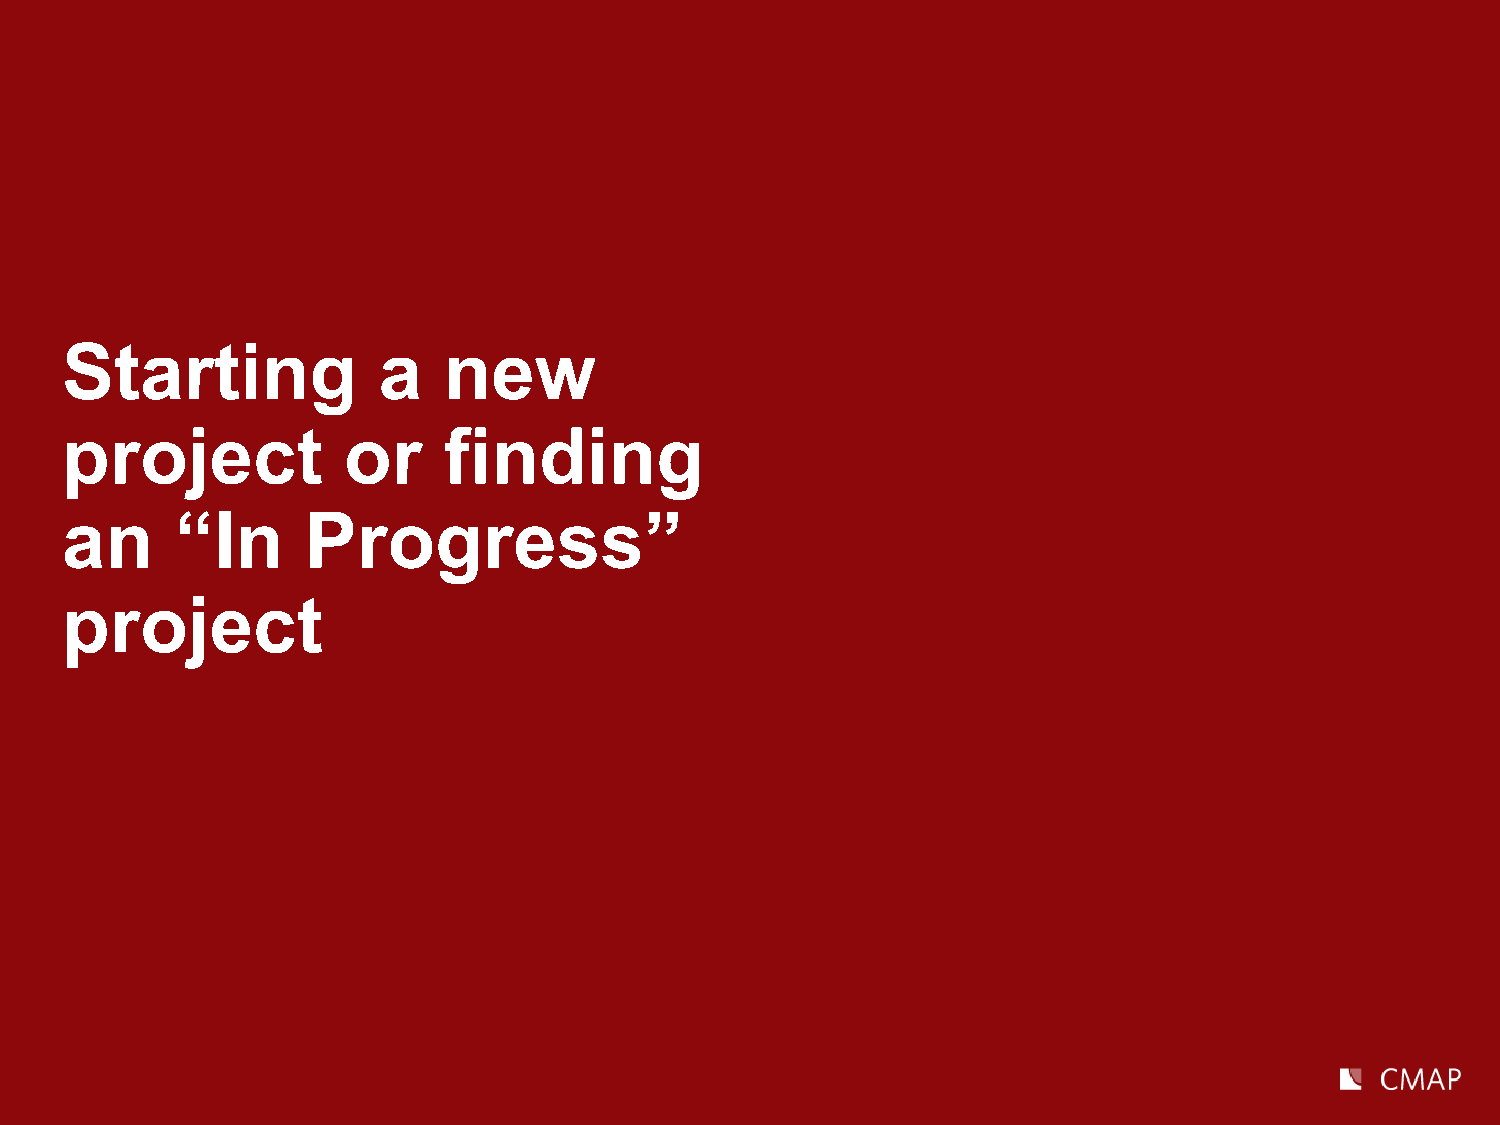
Starting             a   new
 project            or    finding
 an      “In     Progress”
 project